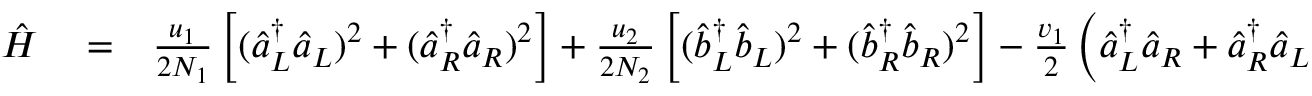
\begin{array} { r l r } { \hat { H } } & { { } = } & { \frac { u _ { 1 } } { 2 N _ { 1 } } \left[ ( \hat { a } _ { L } ^ { \dagger } \hat { a } _ { L } ) ^ { 2 } + ( \hat { a } _ { R } ^ { \dagger } \hat { a } _ { R } ) ^ { 2 } \right] + \frac { u _ { 2 } } { 2 N _ { 2 } } \left[ ( \hat { b } _ { L } ^ { \dagger } \hat { b } _ { L } ) ^ { 2 } + ( \hat { b } _ { R } ^ { \dagger } \hat { b } _ { R } ) ^ { 2 } \right] - \frac { v _ { 1 } } { 2 } \left( \hat { a } _ { L } ^ { \dagger } \hat { a } _ { R } + \hat { a } _ { R } ^ { \dagger } \hat { a } _ { L } \right) - \frac { v _ { 2 } } { 2 } \left( \hat { b } _ { L } ^ { \dagger } \hat { b } _ { R } + \hat { b } _ { R } ^ { \dagger } \hat { b } _ { L } \right) } \end{array}